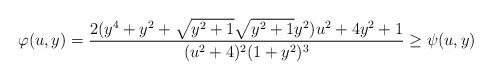
LaTeX: \begin{align*}\varphi(u,y) = \frac{2(y^4+y^2+\sqrt{y^2+1}\sqrt{y^2+1}y^2)u^2+4y^2+1}{(u^2+4)^2(1+y^2)^3} \geq \psi(u,y)\end{align*}